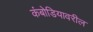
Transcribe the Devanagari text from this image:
कंबोडियावरील